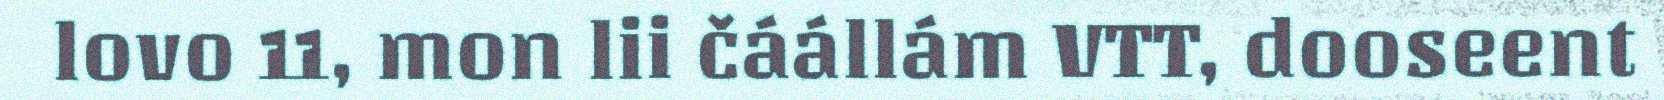
lovo 11, mon lii čáállám VTT, dooseent